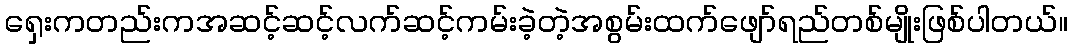
ရှေးကတည်းကအဆင့်ဆင့်လက်ဆင့်ကမ်းခဲ့တဲ့အစွမ်းထက်ဖျော်ရည်တစ်မျိုးဖြစ်ပါတယ်။